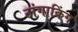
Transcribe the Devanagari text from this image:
टांगाकिंग